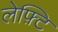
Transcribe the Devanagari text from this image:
लेफ़्टि